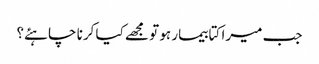
جب میرا کتا بیمار ہو تو مجھے کیا کرنا چاہئے؟